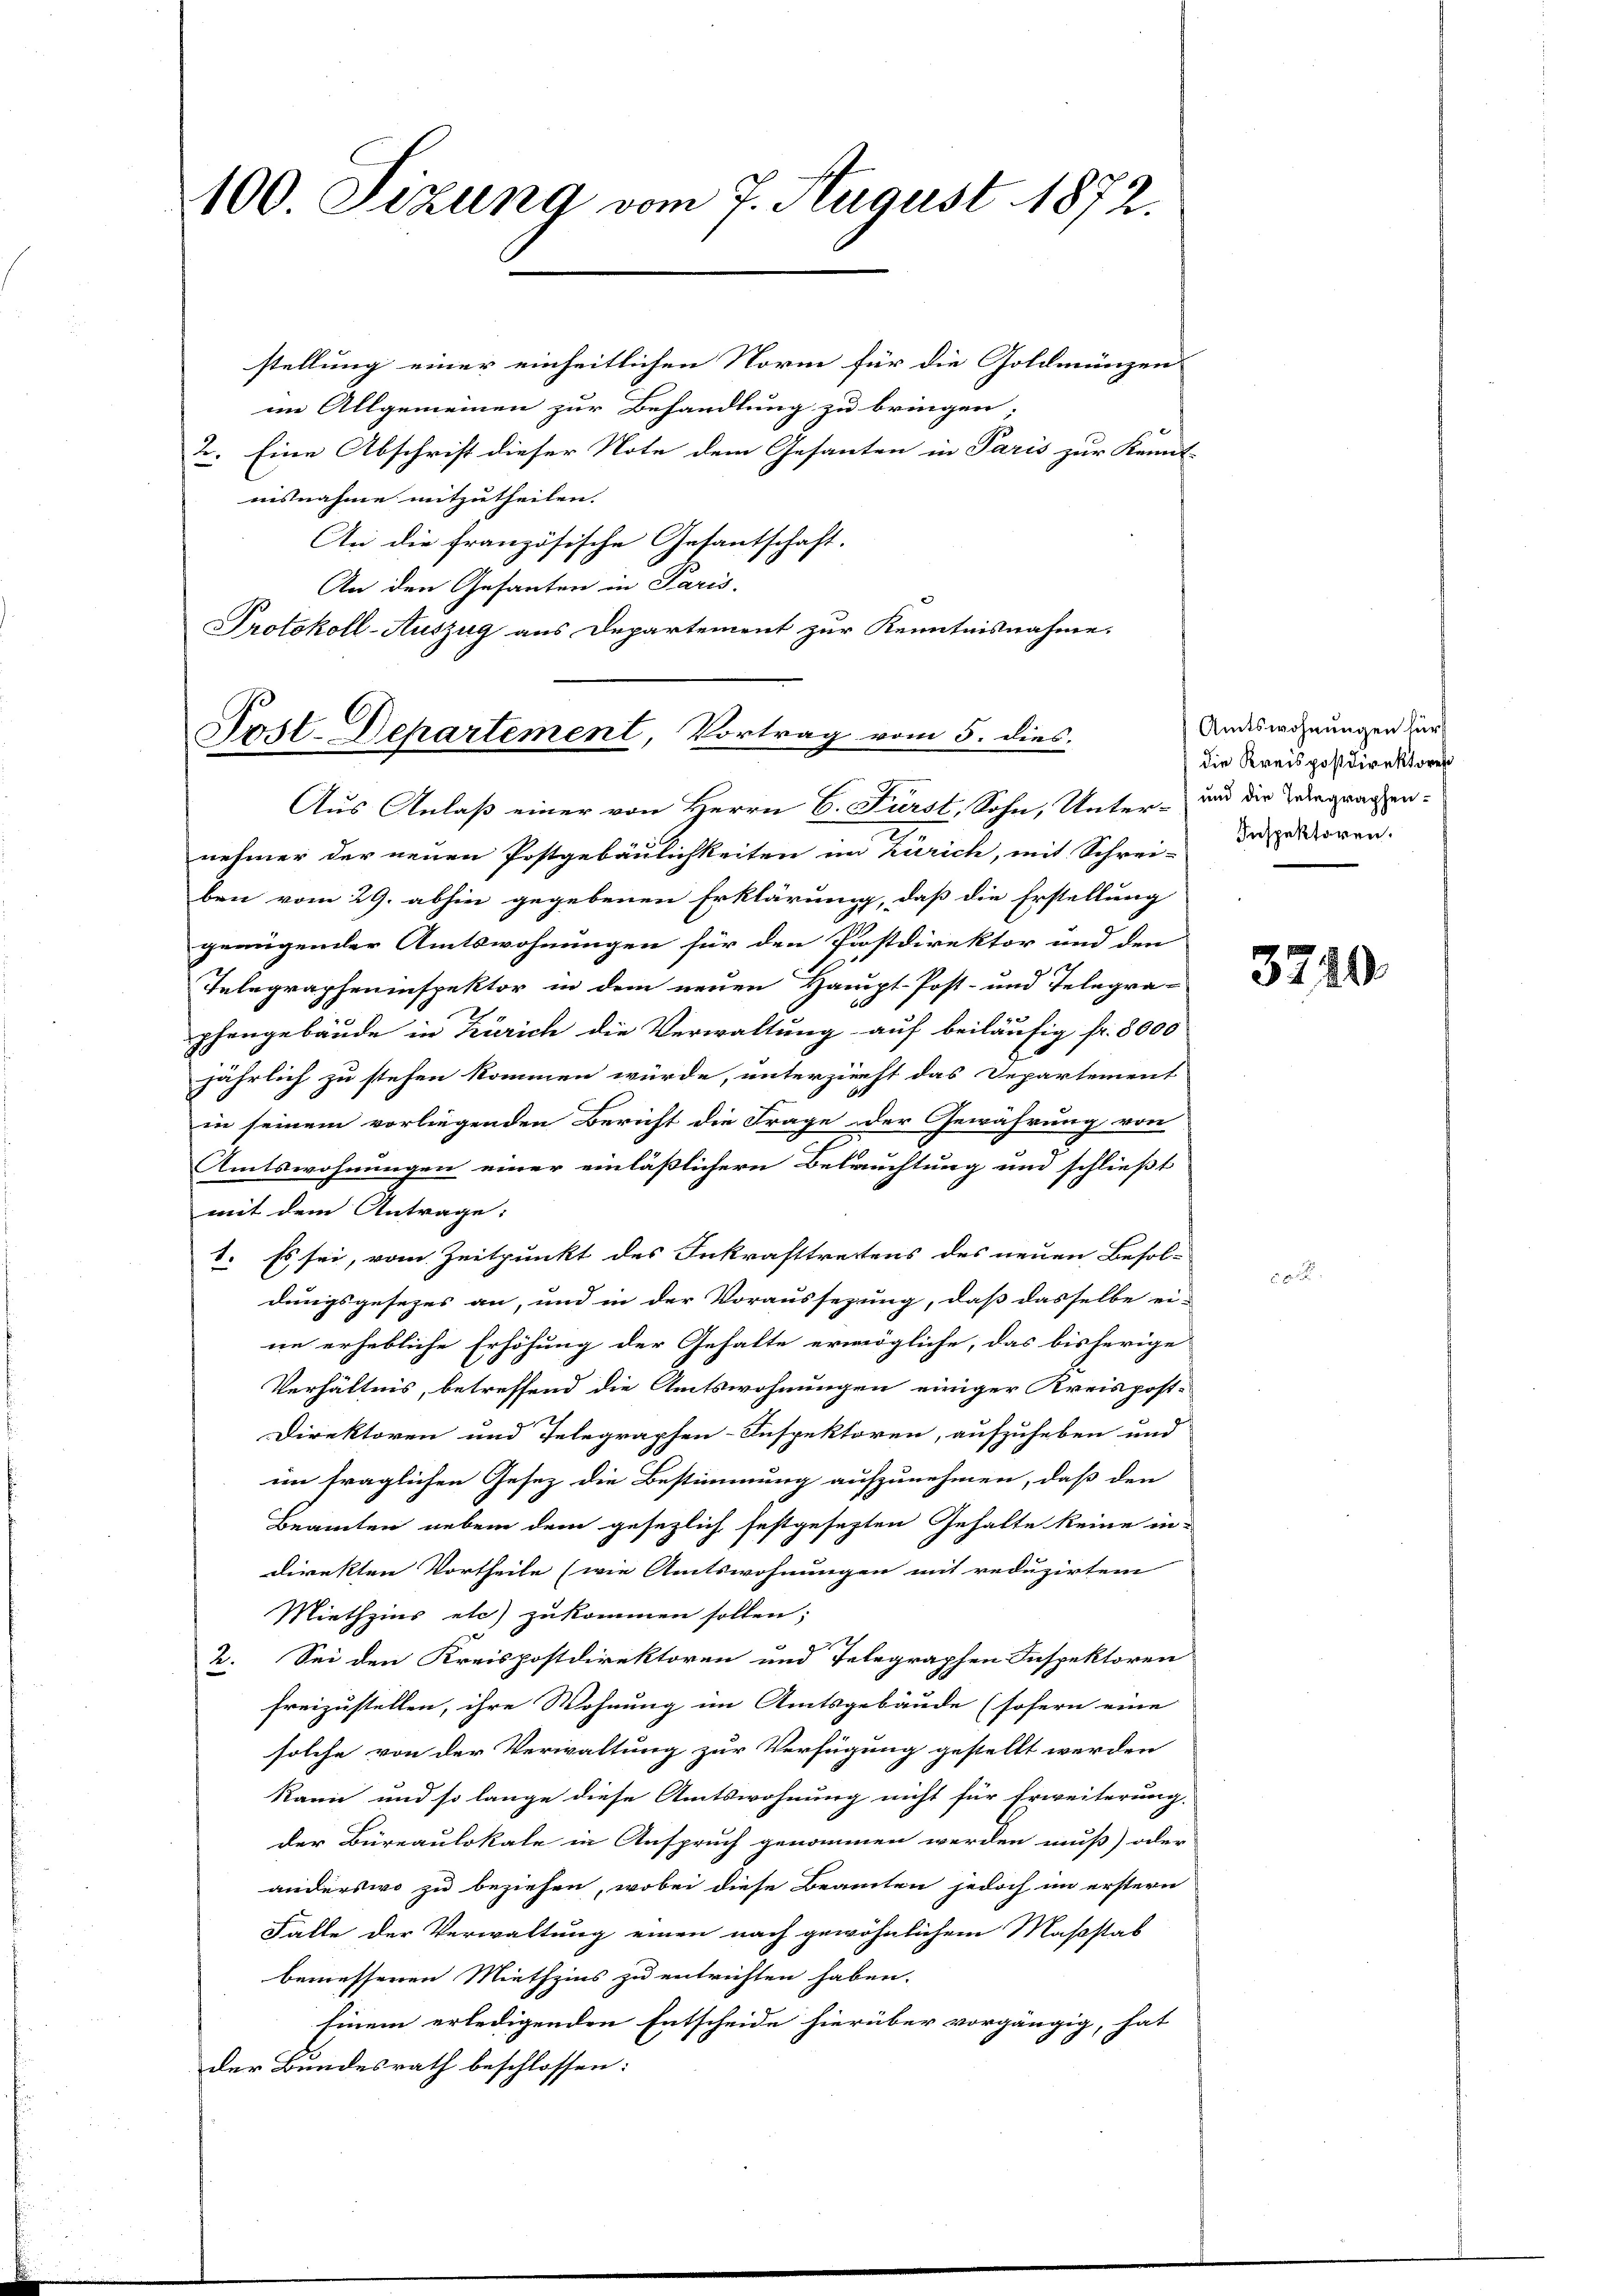
100. Sizung vom 7. August 1872.

stellung einer einheitlichen Norm für die Goldmünzen
im Allgemeinen zur Behandlung zu bringen,
2. Eine Abschrift dieser Note dem Gesanten in Paris zur Kennt-
iisnahme mitzutheilen.
An die französische Gesantschaft.
An den Gesanten in Paris.
Protokoll-Auszug aus Departement zur Kenntnisnahme.

Host-Departement, Vortrag vom 5. dies
Aus Anlaß einer von Herrn C. Fürst, Sohn, Unter- und die Vergragen-

nehmer der neuen Postgebäulichkeiten im Zürich, mit Schrei-Inspektoren.
ben vom 29. abhin gegebenen Erklärung, daß die Erstellung
genügender Amtswohnungen für den Postdirektor und den
Telegrapheninspektor in dem neuen Haupt-Post- und Telegra-
phengebäude in Zürich die Verwaltung auf beiläufig fr. 8000
jährlich zu stehen kommen würde, unterzieht das Departement
in seinem vorliegenden Bericht die Frage der Gewährung von
Amtswohnungen einer einläßlichern Beleuchtung und schließt
mit dem Antrage:
1. Es sei, vom Zeitpunkt des Inkrafttrettens des neuen Besol-
dungsgesezes an, und in der Voraussezung, daß dasselbe ei-
ne erhebliche Erhöhung der Gehalte ermögliche, das bisherige
Verhältnis, betreffend die Amtswohnungen einiger Kreispost-
Direktoren und Telegraphen-Inspektoren, aufzuheben und
im fraglichen Gesez die Bestimmung aufzunehmen, daß den
Beamten neben dem gesezlich festgesagten Gehalte keine in
direkten Vortheile (wie Amtswohnungen mit reduzirtem
Miethzins etc) zukommen sollen;
2. Sei den Kreispostdirektoren und Telegraphen Inspektoren
freizustellen, ihre Wohnung im Amtsgebäude (sofern eine
solche von der Verwaltung zur Verfügung gestellt werden
kann und so lange diese Amtswohnung nicht für Erweiterung.
der Büreaulokale in Anspruch genommen werden muß) oder
anderswo zu beziehen, wobei diese Beamten jedoch im erstern
Falle der Verwaltung einen nach gewöhnlichem Maßstab
bemessenen Miethzins zu entrichten haben.
hinem erledigenden Entscheide hierüber vorgängig, hat
der Bundesrath beschlossen:

Amtswohnungen für
die Kreispostdirektores

3740